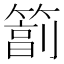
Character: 𥲮